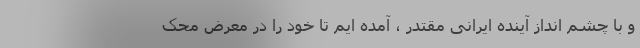
و با چشم انداز آینده ایرانی مقتدر ، آمده ایم تا خود را در معرض محک